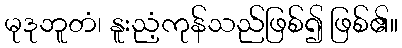
မုဒုဘူတံ၊ နူးညံ့ကုန်သည်ဖြစ်၍ ဖြစ်၏။